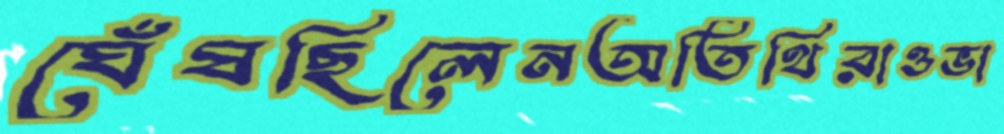
ঘেঁষছিলেনঅতিথিরাওভা